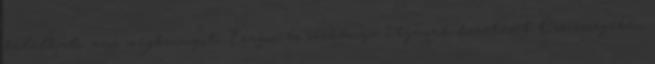
található, ami megkönnyíti Eragon és sárkánya útjának követését. Összességében